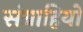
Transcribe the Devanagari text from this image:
संग्राहियों